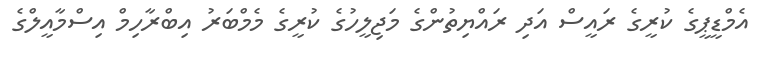
އެމްޑީޕީގެ ކުރީގެ ރައީސް އަދި ރައްޔިތުންގެ މަޖިލީހުގެ ކުރީގެ މެމްބަރު އިބްރާހިމް އިސްމާއީލްގެ